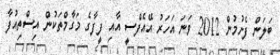
ބަލަން ފެށުމުން 2012 ވަނަ އަހަރު އޭއެފްސީ އާއި ފީފާގެ މަގާމްތަކުން އިސްތިއުފާ